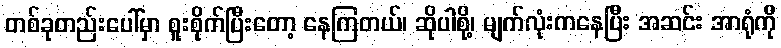
တစ်ခုတည်းပေါ်မှာ စူးစိုက်ပြီးတော့ နေကြတယ်၊ ဆိုပါစို့၊ မျက်လုံးကနေပြီး အဆင်း အာရုံကို